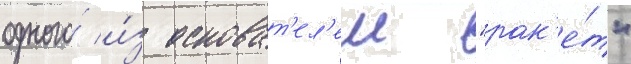
одного́ и́з основат'ел'еи "рак'е́т"